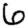
Digit: 6